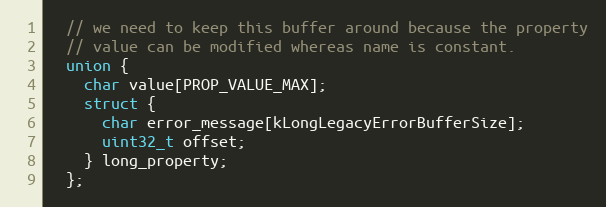
Language: C
  // we need to keep this buffer around because the property
  // value can be modified whereas name is constant.
  union {
    char value[PROP_VALUE_MAX];
    struct {
      char error_message[kLongLegacyErrorBufferSize];
      uint32_t offset;
    } long_property;
  };